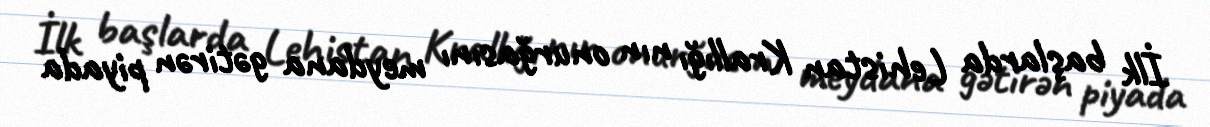
İlk başlarda Lehistan Krallığı nın onurğasını meydana gətirən piyada